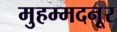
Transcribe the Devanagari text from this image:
मुहम्मदनूर